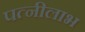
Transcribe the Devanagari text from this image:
पत्नीलाभ